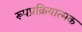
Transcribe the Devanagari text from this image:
रूपप्रक्रियात्मक